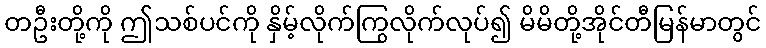
တဦးတို့ကို ဤသစ်ပင်ကို နှိမ့်လိုက်ကြွလိုက်လုပ်၍ မိမိတို့အိုင်တီမြန်မာတွင်